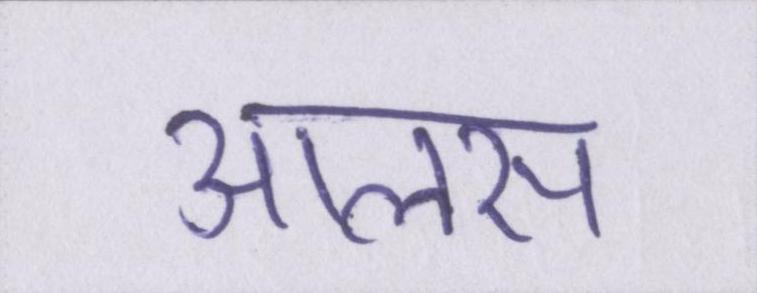
आलस